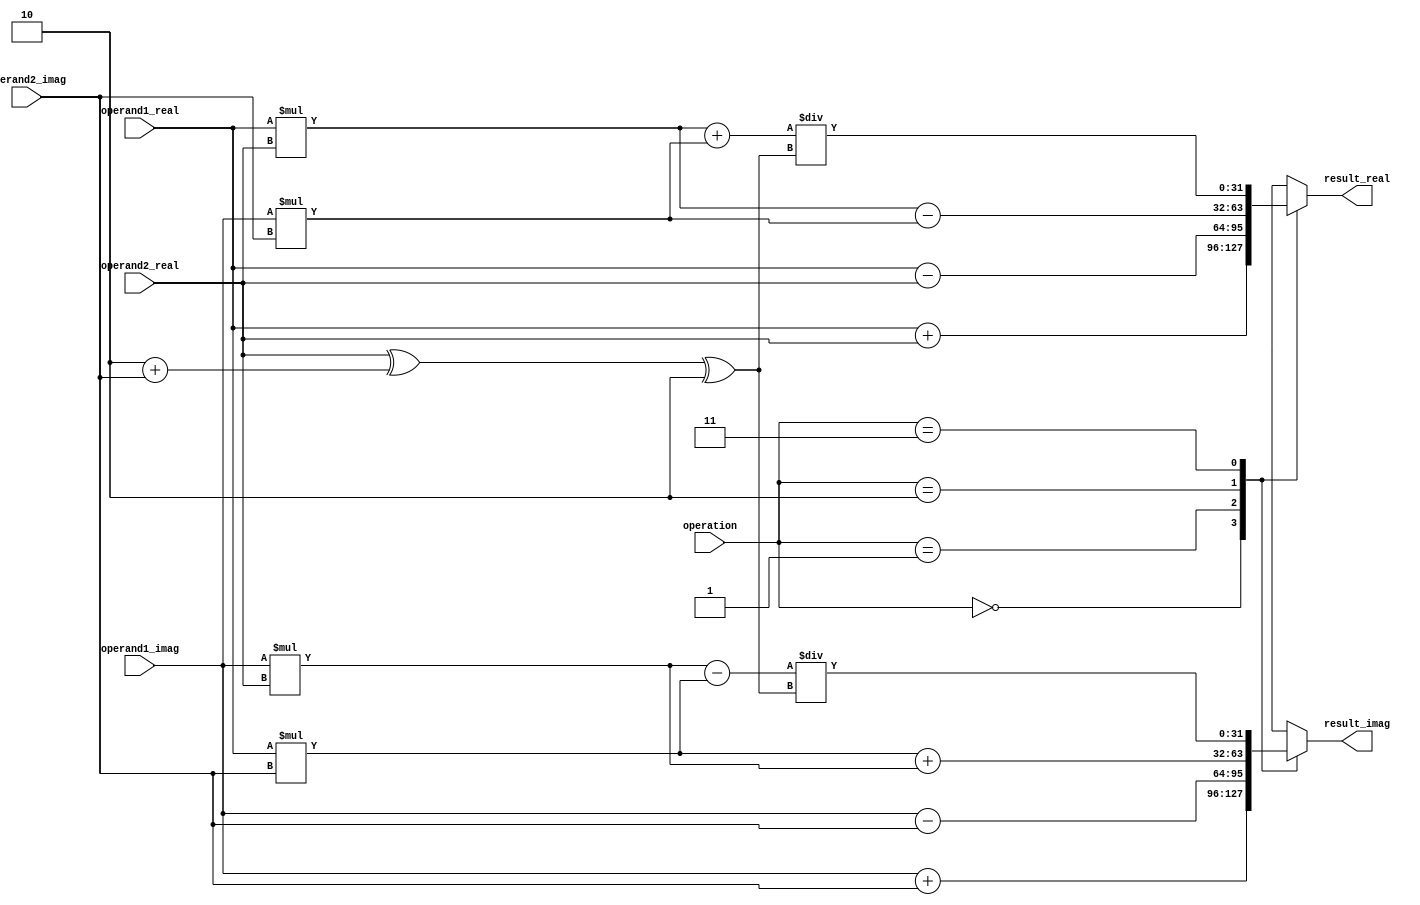
module Complex_ALU (
    input wire [31:0] operand1_real,
    input wire [31:0] operand1_imag,
    input wire [31:0] operand2_real,
    input wire [31:0] operand2_imag,
    input wire [2:0] operation,
    output wire [31:0] result_real,
    output wire [31:0] result_imag
);

    reg [31:0] temp_real;
    reg [31:0] temp_imag;

    always @(*)
        case(operation)
            3'b000: begin // Addition
                temp_real <= operand1_real + operand2_real;
                temp_imag <= operand1_imag + operand2_imag;
            end
            3'b001: begin // Subtraction
                temp_real <= operand1_real - operand2_real;
                temp_imag <= operand1_imag - operand2_imag;
            end
            3'b010: begin // Multiplication
                temp_real <= operand1_real * operand2_real - operand1_imag * operand2_imag;
                temp_imag <= operand1_real * operand2_imag + operand1_imag * operand2_real;
            end
            3'b011: begin // Division
                temp_real <= (operand1_real * operand2_real + operand1_imag * operand2_imag) / (operand2_real^2 + operand2_imag^2);
                temp_imag <= (operand1_imag * operand2_real - operand1_real * operand2_imag) / (operand2_real^2 + operand2_imag^2);
            end
            default: begin
                temp_real <= 32'hxxxx_xxxx; // Set to 'x' if operation is invalid
                temp_imag <= 32'hxxxx_xxxx; // Set to 'x' if operation is invalid
            end
        endcase

    assign result_real = temp_real;
    assign result_imag = temp_imag;

endmodule